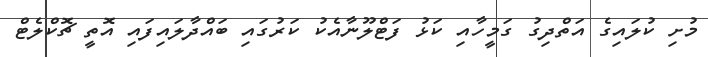
މުށި ކުލައިގެ އަތްދިގު ގަމީހާއި ކަޅު ފަޓްލޫނާއެކު ކަރުގައި ބައްދާލައިފައި އޮތީ ޗޮކްލެޓް